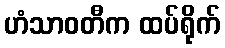
ဟံသာဝတီက ထပ်ရိုက်